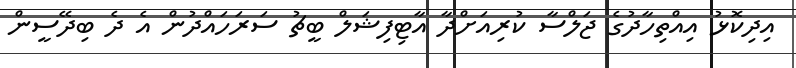
އިދިކޮޅު އިއްތިހާދުގެ ޖަލްސާ ކުރިއަށްދާ އާޓިފިޝަލް ބީޗު ސަރަހައްދުން އެ ދެ ބިދޭސީން